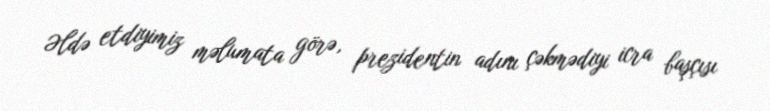
Əldə etdiyimiz məlumata görə, prezidentin adını çəkmədiyi icra başçısı